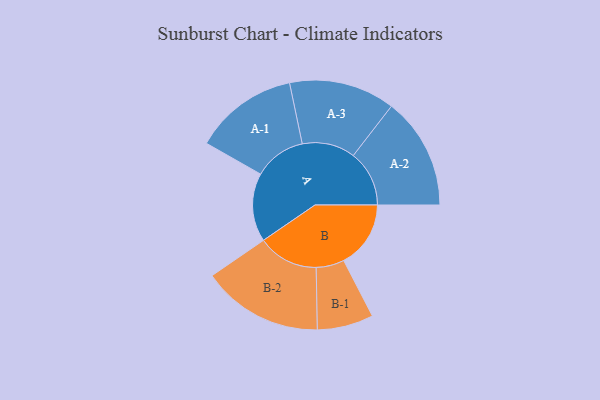
{"axis": {"x": "Segment", "y": "Value"}, "legend": ["", "A", "B"], "data": [{"x": "A", "y": 278, "type": ""}, {"x": "B", "y": 272, "type": ""}, {"x": "A-1", "y": 211, "type": "A"}, {"x": "A-2", "y": 227, "type": "A"}, {"x": "A-3", "y": 215, "type": "A"}, {"x": "B-1", "y": 114, "type": "B"}, {"x": "B-2", "y": 246, "type": "B"}]}